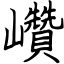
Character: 巑